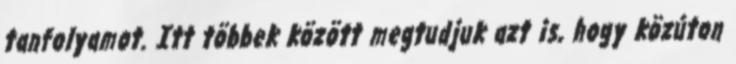
tanfolyamot. Itt többek között megtudjuk azt is, hogy közúton